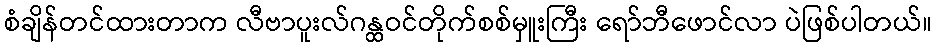
စံချိန်တင်ထားတာက လီဗာပူးလ်ဂန္ထဝင်တိုက်စစ်မှူးကြီး ရော်ဘီဖောင်လာ ပဲဖြစ်ပါတယ်။